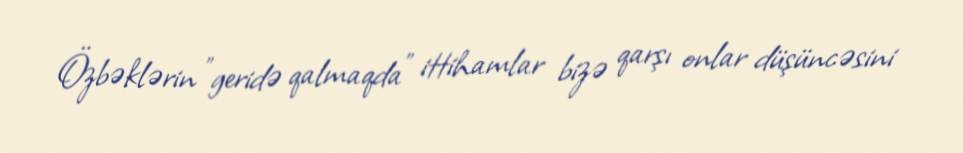
Özbəklərin "geridə qalmaqda" ittihamlar bizə qarşı onlar düşüncəsini